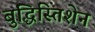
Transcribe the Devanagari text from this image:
बुद्धिस्तिशेन